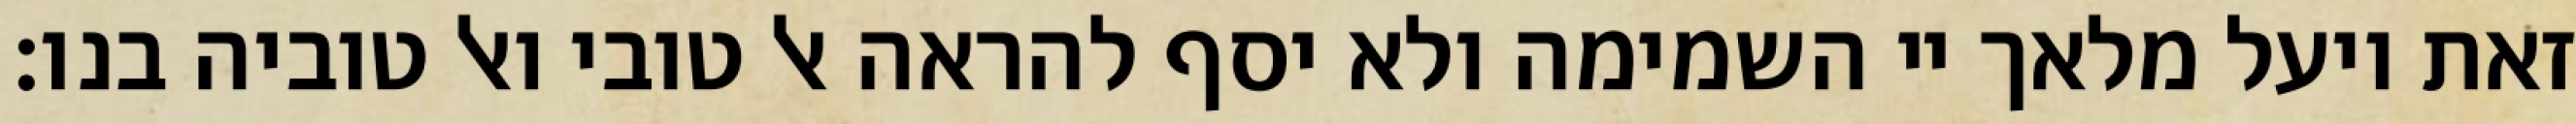
זאת ויעל מלאך יי השמימה ולא יסף להראה אל טובי ואל טוביה בנו: